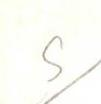
S/